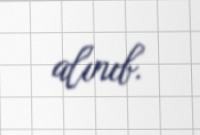
alınıb.